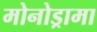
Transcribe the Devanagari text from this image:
मोनोड्रामा